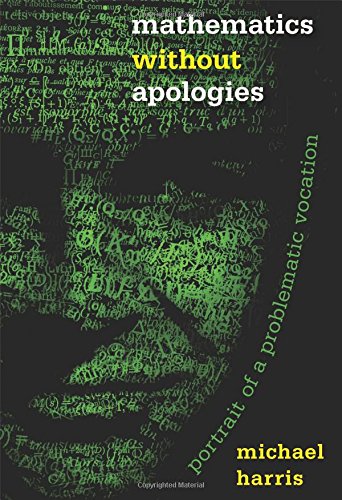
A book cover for Mathematics without Apologies: Portrait of a Problematic Vocation (Science Essentials); Michael Harris; Science & Math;